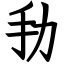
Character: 劧